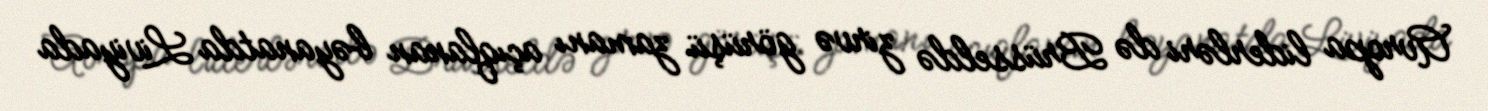
Avropa liderləri də Brüsseldə zirvə görüşü zamanı açıqlanan bəyanatda Liviyada